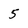
Character: 5